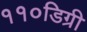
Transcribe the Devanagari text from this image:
११०डिग्री